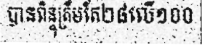
បានពិន្ទុត្រឹមតែ២៨លើ១០០